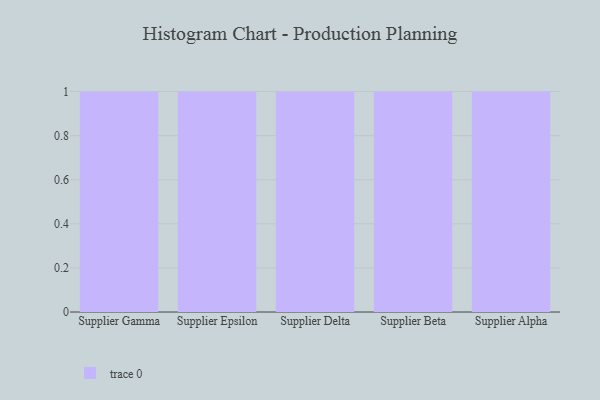
{"axis": {"x": "Supplier", "y": "Shipments"}, "legend": [""], "data": [{"x": "Supplier Gamma", "y": 77, "type": ""}, {"x": "Supplier Epsilon", "y": 9, "type": ""}, {"x": "Supplier Delta", "y": 63, "type": ""}, {"x": "Supplier Beta", "y": 78, "type": ""}, {"x": "Supplier Alpha", "y": 77, "type": ""}]}